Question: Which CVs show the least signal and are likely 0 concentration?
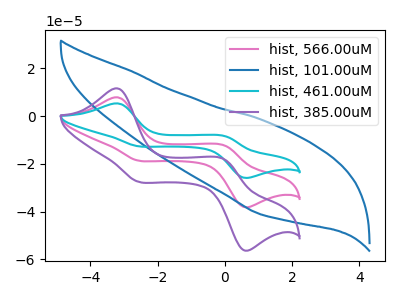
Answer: <think>The pink curve "hist, 566.00uM" has anodic peaks at (-3.20V, 7.90uA) (0.00V, -12.30uA) and cathodic peaks at (-2.60V, -18.55uA) (0.55V, -38.00uA). The blue curve "hist, 101.00uM" has no peaks. The cyan curve "hist, 461.00uM" has anodic peaks at (-3.20V, 15.80uA) (0.00V, -24.60uA) and cathodic peaks at (-2.60V, -37.15uA) (0.55V, -76.05uA). The purple curve "hist, 385.00uM" has anodic peaks at (-3.20V, 11.65uA) (0.00V, -18.15uA) and cathodic peaks at (-2.60V, -27.40uA) (0.55V, -56.10uA).</think>
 <answer>"hist, 101.00uM" is likely to be a blank.</answer>
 <eval>hist, 101.00uM</eval>